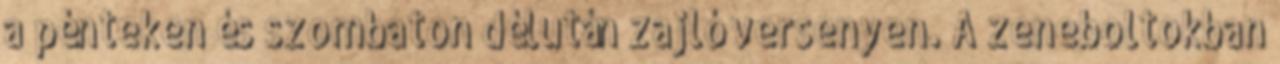
a pénteken és szombaton délután zajló versenyen. A zeneboltokban